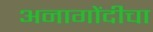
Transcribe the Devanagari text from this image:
अनागोंदीचा